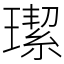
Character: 𤩦